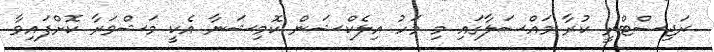
ރަޖިސްޓްރީ ކުރާ މައްސަލާގައި މި މަހު އިލެކްޝަން ކޮމިޝަނާ އެކީ މަޝްވަރާ ކޮށްފައިވާ